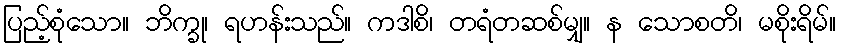
ပြည့်စုံသော။ ဘိက္ခု၊ ရဟန်းသည်။ ကဒါစိ၊ တရံတဆစ်မျှ။ န သောစတိ၊ မစိုးရိမ်။